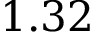
1 . 3 2